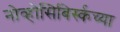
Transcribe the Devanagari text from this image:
नोव्होसिबिर्स्कच्या